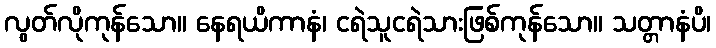
လွတ်လိုကုန်သော။ နေရယိကာနံ၊ ငရဲသူငရဲသားဖြစ်ကုန်သော။ သတ္တာနံပိ၊